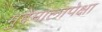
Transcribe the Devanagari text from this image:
मुद्देमालापेक्षा